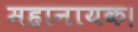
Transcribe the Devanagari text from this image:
महानायक।